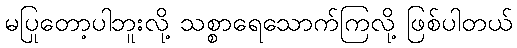
မပြုတော့ပါဘူးလို့ သစ္စာရေသောက်ကြလို့ ဖြစ်ပါတယ်